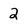
Character: 2